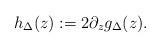
LaTeX: \begin{align*}h_\Delta(z) := 2\partial_z g_\Delta(z).\end{align*}